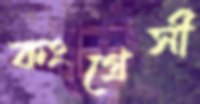
কংগ্রেসী